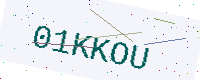
Text: 01KKOU